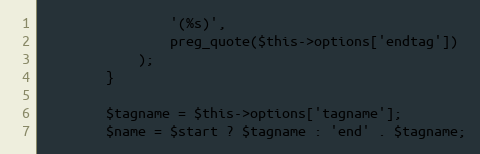
Language: PHP
                '(%s)',
                preg_quote($this->options['endtag'])
            );
        }

        $tagname = $this->options['tagname'];
        $name = $start ? $tagname : 'end' . $tagname;